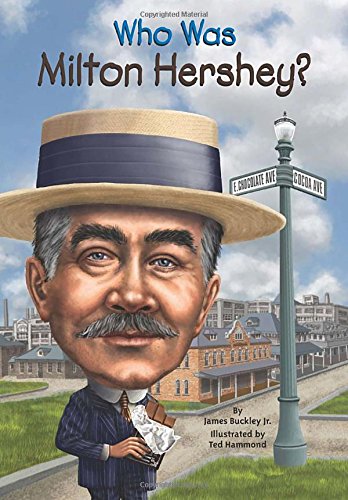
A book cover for Who Was Milton Hershey?; James Buckley; Children's Books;